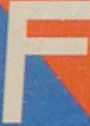
F